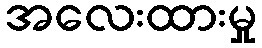
အလေးထားမှု